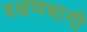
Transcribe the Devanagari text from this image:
दक्षणभागी